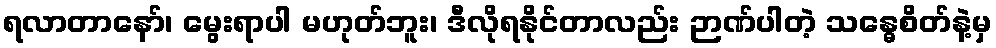
ရလာတာနော်၊ မွေးရာပါ မဟုတ်ဘူး၊ ဒီလိုရနိုင်တာလည်း ဉာဏ်ပါတဲ့ သန္ဓေစိတ်နဲ့မှ